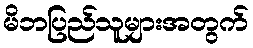
မိဘပြည်သူများအတွက်